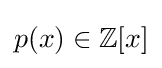
p(x)\in \mathbb {Z} [x]